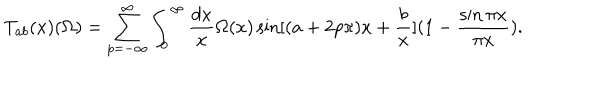
T _ { a b } ( x ) ( \Omega ) = \sum _ { p = - \infty } ^ { \infty } \int _ { 0 } ^ { \infty } { \frac { d x } { x } } \Omega ( x ) \sin [ ( a + 2 p \pi ) x + { \frac { b } { x } } ] ( 1 - { \frac { \sin \pi x } { \pi x } } ) .